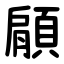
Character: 顅